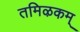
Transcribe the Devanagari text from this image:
तमिऴकम्